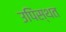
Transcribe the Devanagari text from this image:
उपिंस्थत